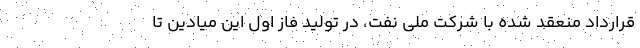
قرارداد منعقد شده با شرکت ملی نفت، در تولید فاز اول این میادین تا